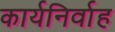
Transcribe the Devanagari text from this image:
कार्यनिर्वाह